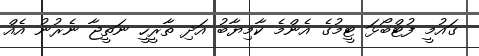
ގައުމީ ފުޓްބޯޅަ ޓީމުގެ އެންމެ ކާމިޔާބު އަދި ތާރީހީ ނަތީޖާ ނެރުނު އެއް